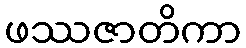
ဖဿဇာတိကာ